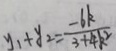
y _ { 1 } + y _ { 2 } = \frac { - 6 k } { 3 + 4 k ^ { 2 } }